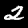
Label: 2